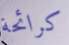
كرائحة